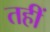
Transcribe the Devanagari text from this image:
तहीं